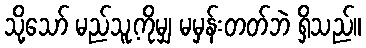
သို့သော် မည်သူ့ကိုမျှ မမှန်းတတ်ဘဲ ရှိသည်။